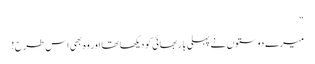
“
میرے دوستوں نے پہلی بار بھائی کو دیکھا تھا اور وہ بھی اس طرح !